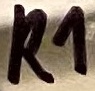
Text: R1